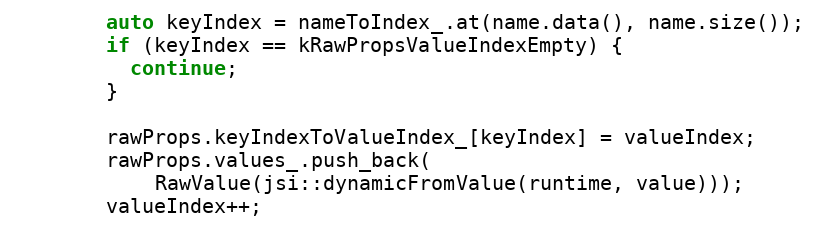
Language: C++
        auto keyIndex = nameToIndex_.at(name.data(), name.size());
        if (keyIndex == kRawPropsValueIndexEmpty) {
          continue;
        }

        rawProps.keyIndexToValueIndex_[keyIndex] = valueIndex;
        rawProps.values_.push_back(
            RawValue(jsi::dynamicFromValue(runtime, value)));
        valueIndex++;